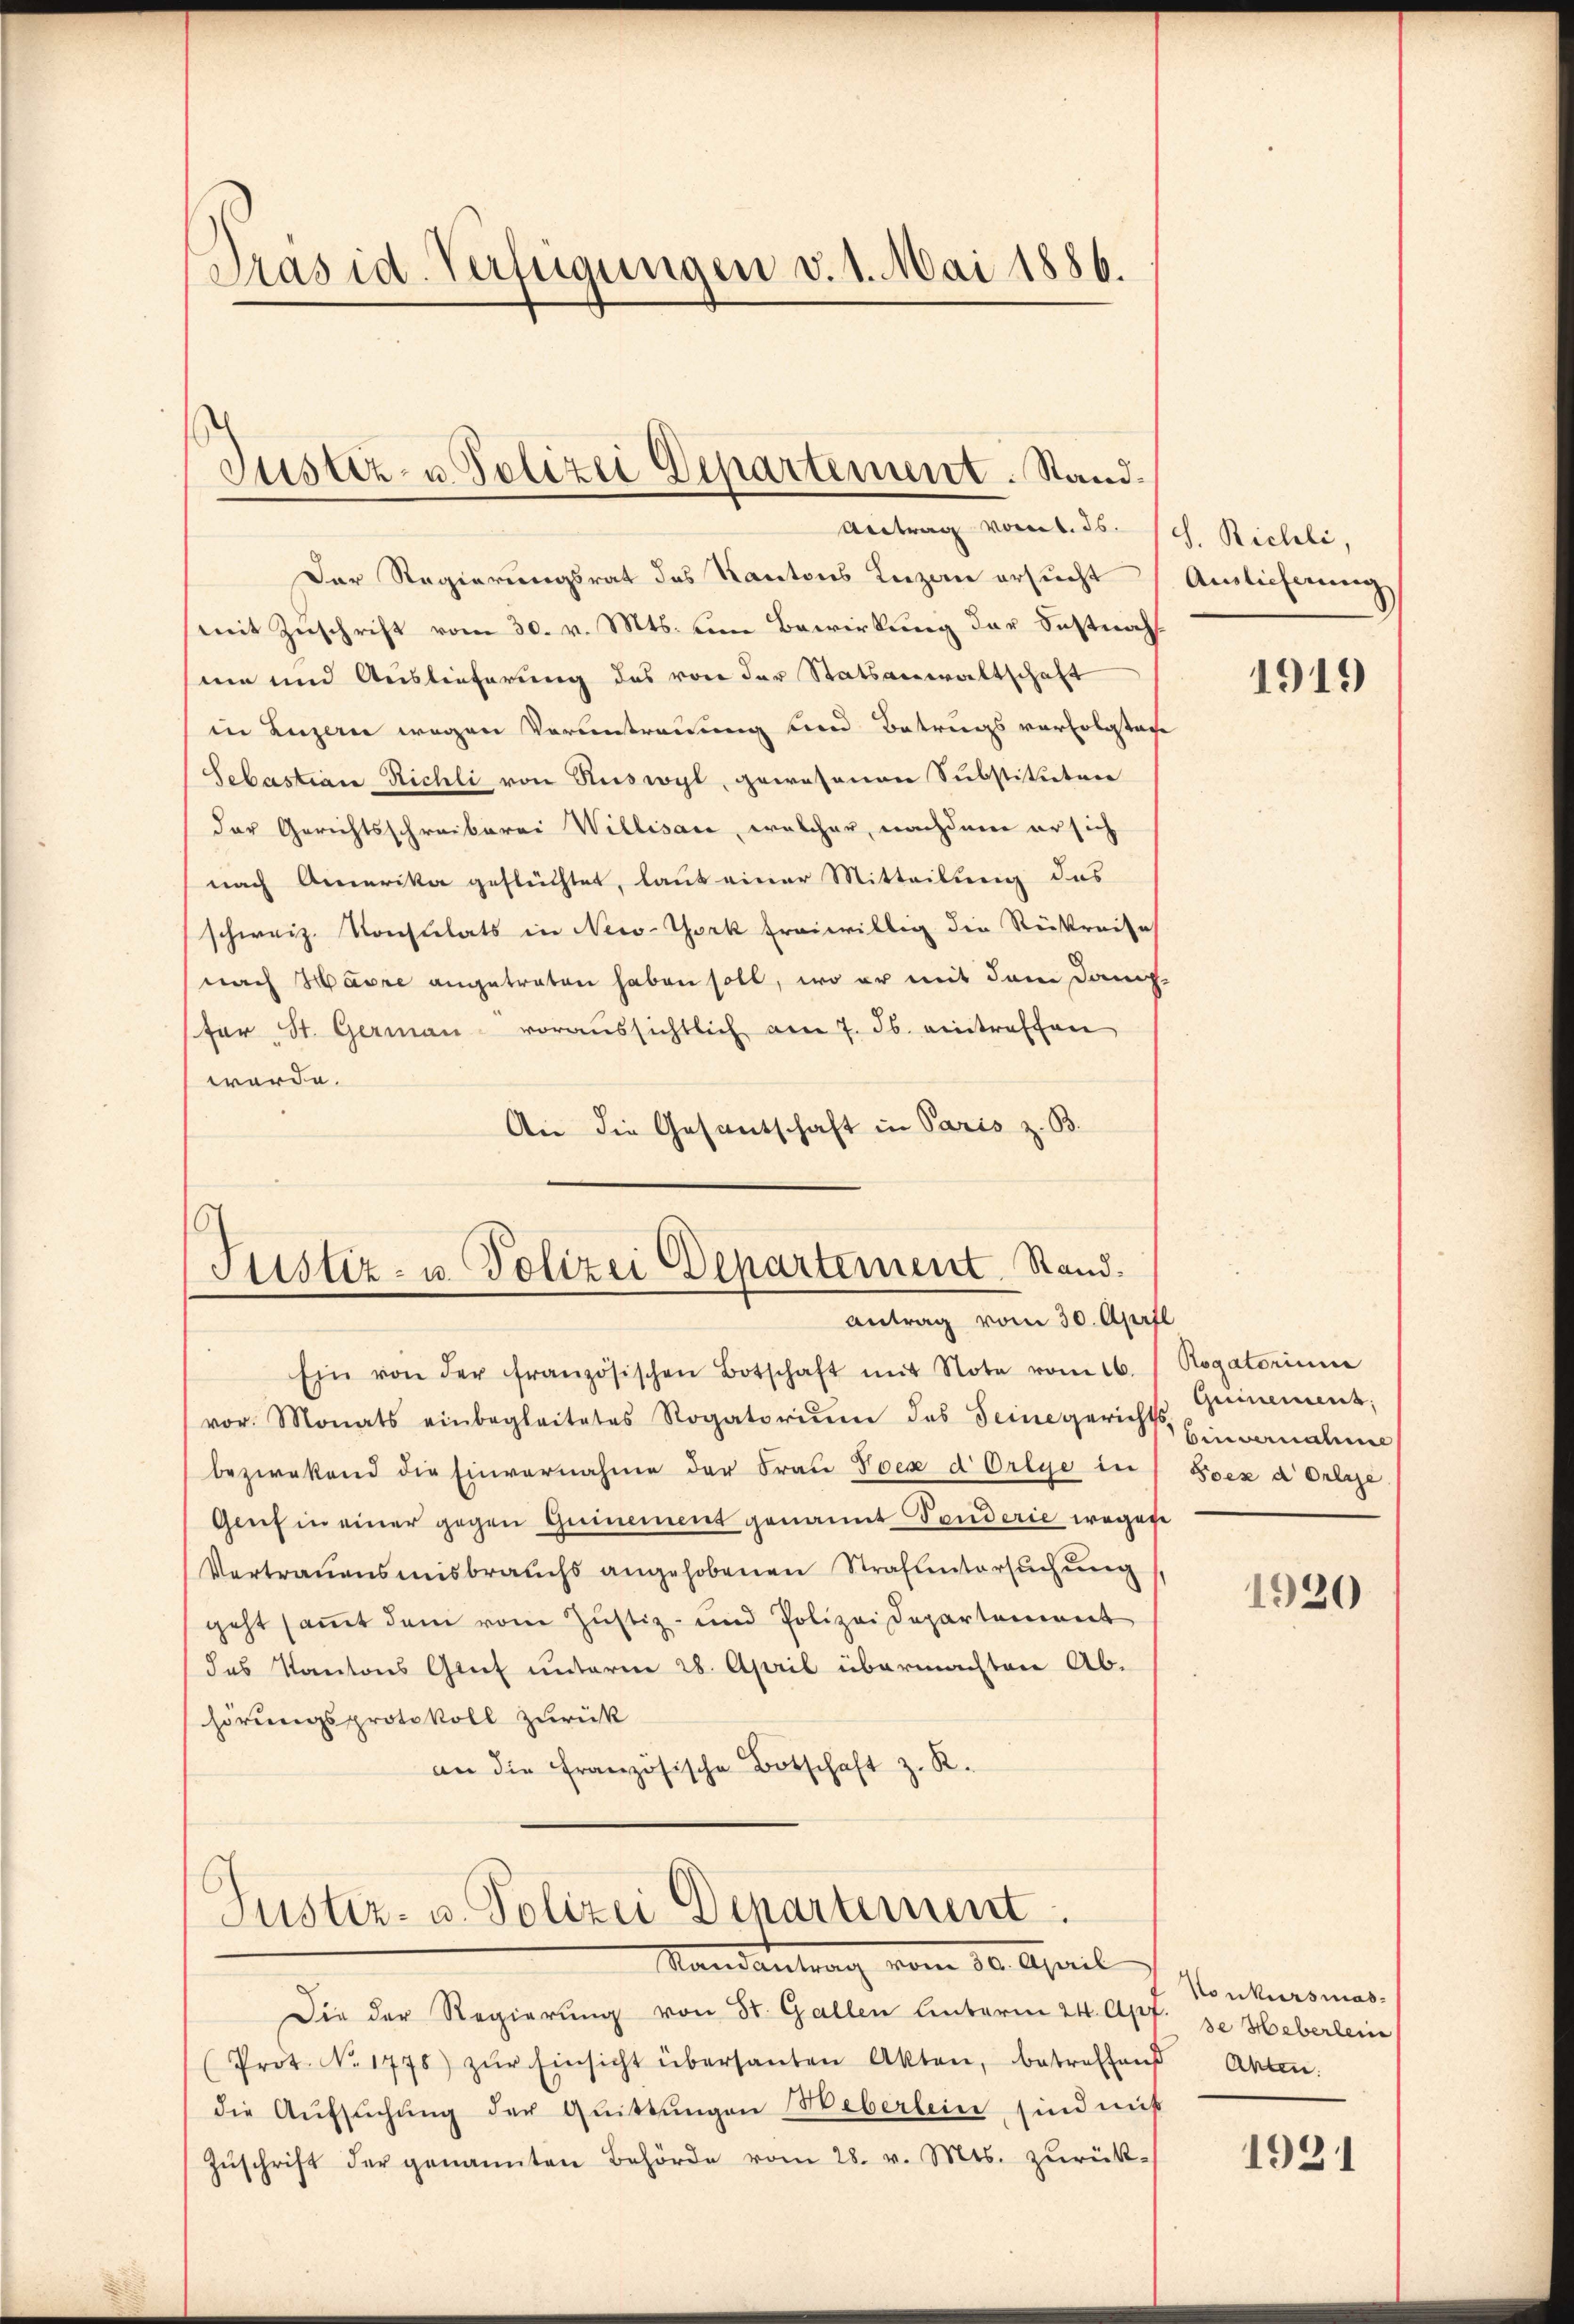
Präsid. Verfügungen v. 1. Mai 1886.

Der Regierungsrat des Kantons Luzern ersucht
mit Zuschrift vom 30. v. Mts. um Bewirkung der Fastnah
nie und Auslieferung des von der Statsanwaltschaft
in Luzern wegen Vorantrauung und Betrugsverfolgtage
Sebastian Richli von Ruswyl, gewesenen Substituten
der Gerichtsschreiberei Willisau, welcher, nachdem er sich
nach Amerika geflüchtet, laut einer Mitteilung des
schweiz. Konsulats in New-York freiwillig die Reiskreise
nach Harre angetreten haben soll, wo er mit dem Damp
(für St. Germaṅ- voraussichtlich am 7. Jb. eintreffen
werde.
An die Gesandschaft in Paris z. B.

Justiz- u. Polizei Departement. Stand.
Antrag vom 1. ds. Sch. Bichli,

Justiz- u. Polizei Departement Stand.
Antrag vom 30. April

Ein von der französischen Botschaft mit Note vom 16. / Rogatorium
vor. Monats einbegleitetes Rogatoriŭm des Seine gericht Einvernahm
bezwekend die Einvernahme der Frau Poe d Orlye in Foez d Oelge
Genf in einer gegen Guinement genannt Tenderie wegen
Vertrauensmisbrauchs angehobenen Strafuntersuchung
geht sammt dem vom Justiz- und Polizei Departement
das Kantons Greif unterm 28. April übermachten Ab-
hörungsprotokoll zurück
an die französische Botschaft z. R.
Justiz- u. Polizei Departement.
Randantrag vom 30. April
Die der Regierung von St. Gallen Unterm 24. Apr. Je Heberlein
(Prot. No. 1776) zŭr Einsicht übersanten Akten, betreffend Akten.
die Aŭfsŭchŭng der Quittungen eberlein, sind mit
Zŭschrift der genannten Behörde vom 28. v. Mts. zŭrück-

Auslieferung

1919

Geinement.

1920

Konkursmas¬

1921